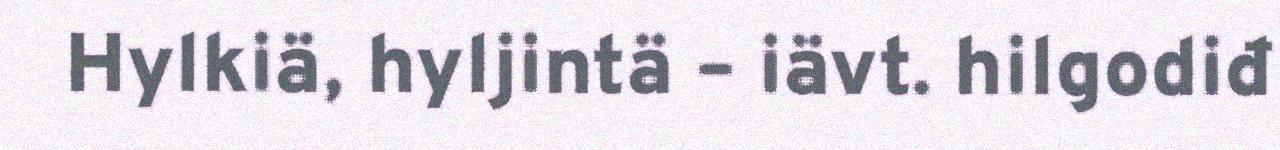
Hylkiä, hyljintä – iävt. hilgodiđ